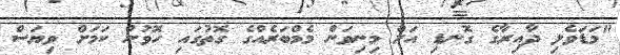
"މަޑަވެލި ދާއިރާގެ ގޮނޑި އަށް މިނިވަން މެމްބަރެެއްގެ ގޮތުގައި ހޮވުނު ކަމަށް ވިޔަސް